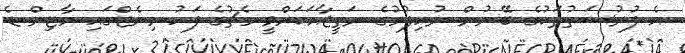
އެ ފުރުސަތުތަކުގެ ބޭނުން ނުހިފުމުގެ ނަތީޖާއަކަށްވީ މެޗުގެ ފަހު މިނެޓްގައި މާޓިން ޑެ